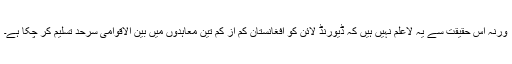
ورنہ اس حقیقت سے یہ لاعلم نہیں ہیں کہ ڈیورنڈ لائن کو افغانستان کم از کم تین معاہدوں میں بین الاقوامی سرحد تسلیم کر چکا ہے۔